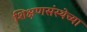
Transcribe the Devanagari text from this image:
शिक्षणसंस्थेच्या